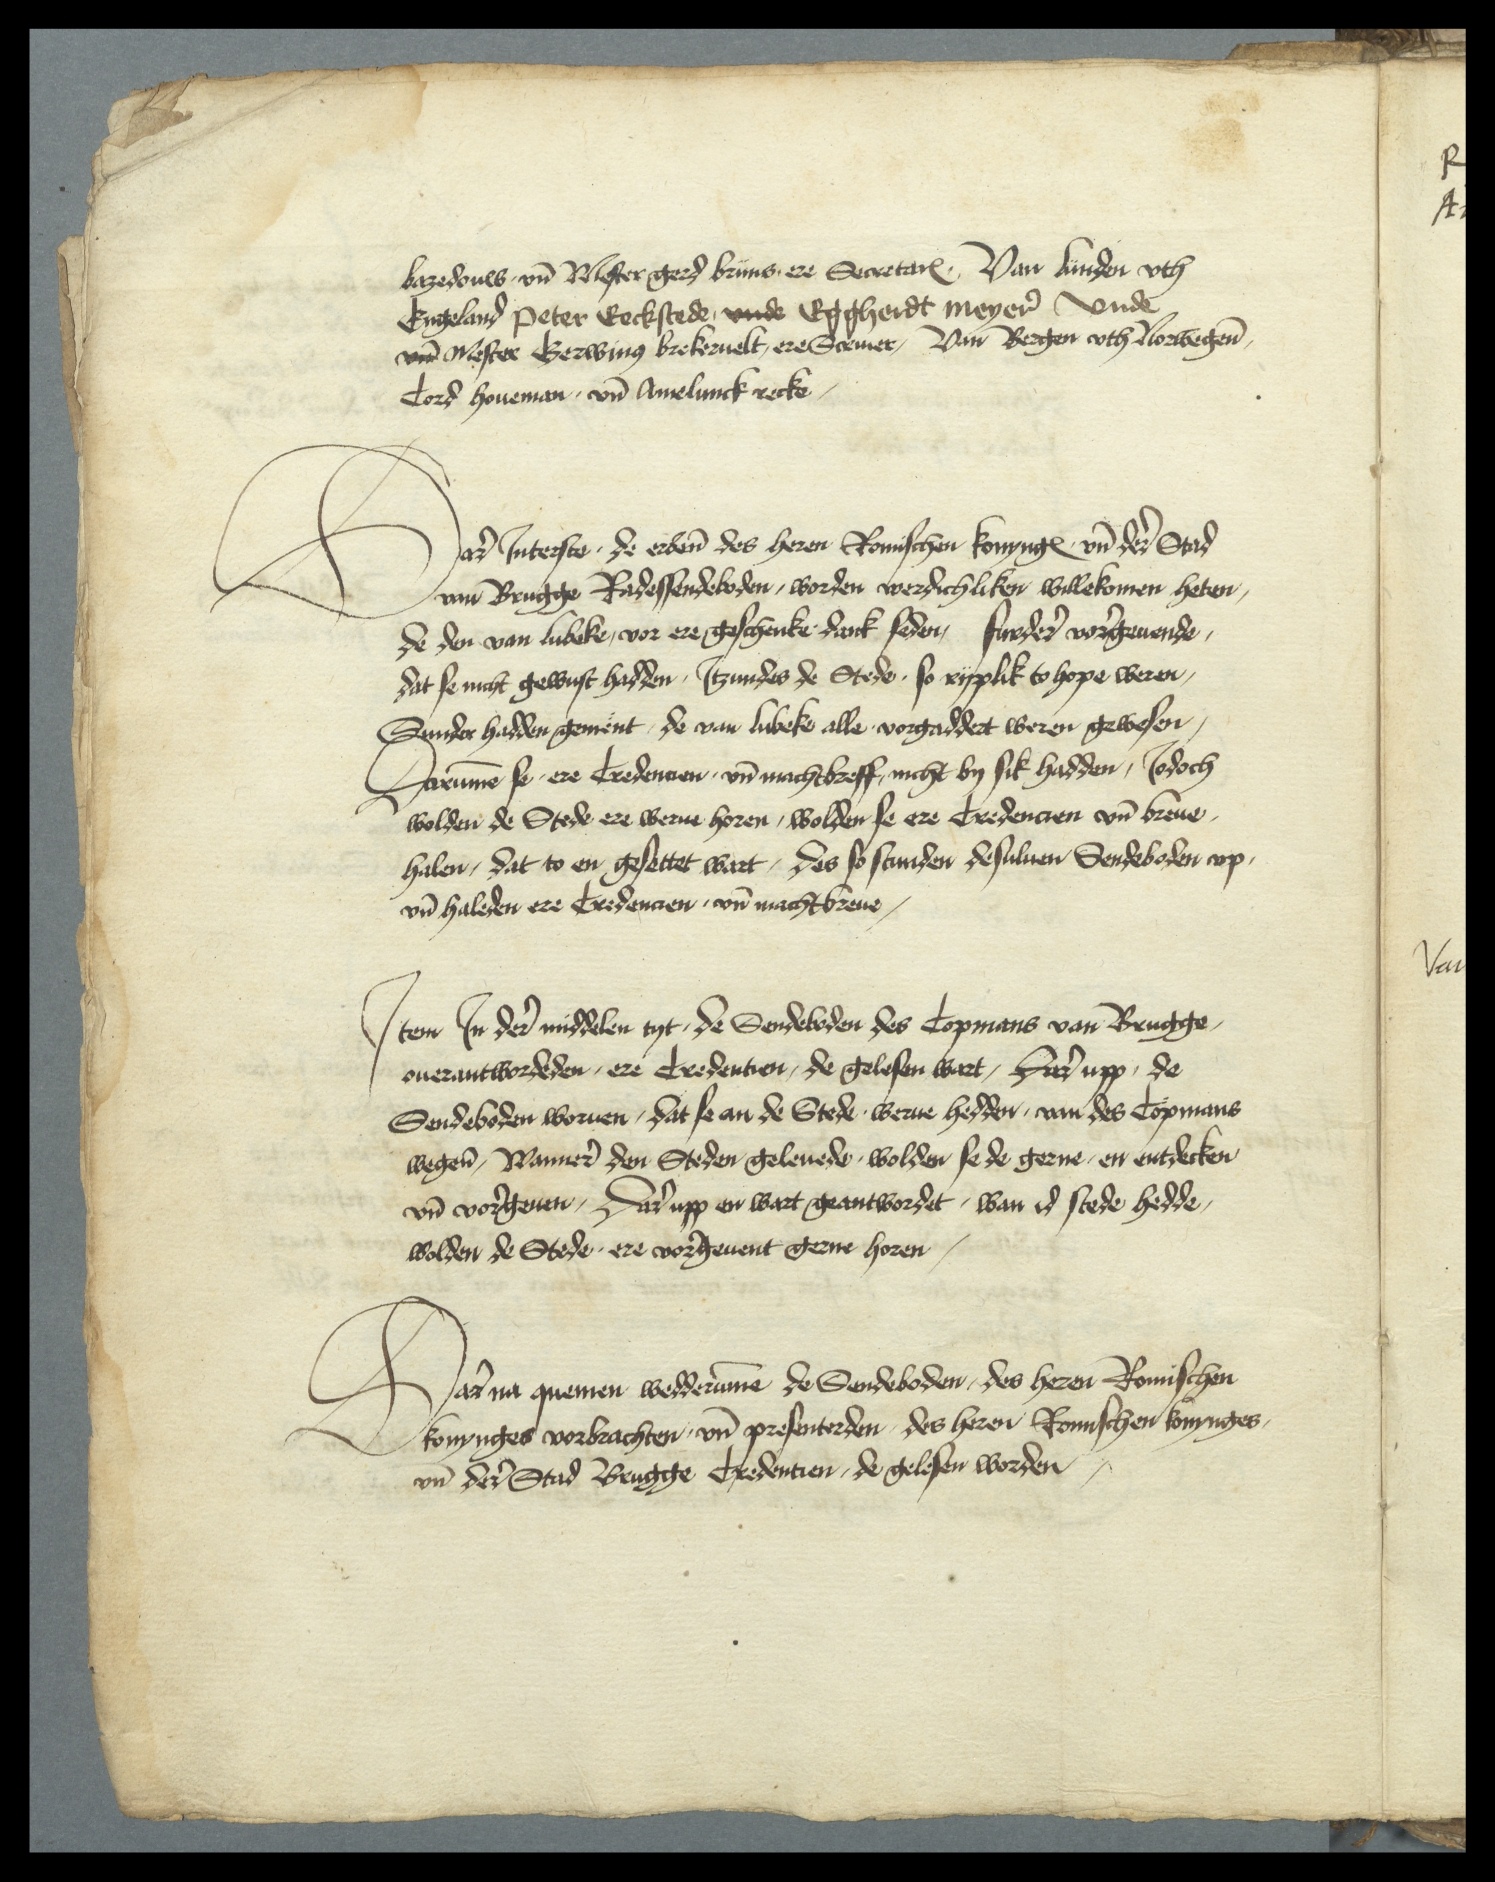
Bazedouw vnd Mester Gerd Bruns ere Secretarius van Lunden vthEngeland Peter Eeckstede, vnde Eggherdt Meyer vndevnd Mester Gerwinius Brekeruelt, ere Screuer, Van Bergen vth NorwegeneCord Houeman, vnd Amelunck Recke,

Dare Jnterste, de erbenomden des heren Romisschen konynges vnd der Stadvan Brugge Radessendeboden, worden werdichliken willekomen hetende den van Lubeke vor ere geschenke dark seden furdere vorgeuende,dat se nicht gewust hadden, Jtzundes de Stede so ryplik to hope weren,Sender hadden gement, de van Lubeke alle vorgaddert weren gewesen,Darumme se ere Credencien, vnd machtbreff nicht by sik hadden, Jodochwolden de Stede ere werue horen, wolden se ere Credencien vnd breuehalen, dat to en gesettet wart, des so stunden desulven Sendeboden vpvnd haleden ere Credencien, vnd machtbreue,

Jtem Jn der middelen tyt, de Sendeboden des Copmans van Brugge,ouerantwordeden, ere Credentien, de gelesen wart, darupp deSendeboden wornen, dat se an de Stede werue hedden, van des Copmanswegen, Wanner den Steden geleuede, wolden se de gerne, en entdeckenvnd vorgeuen, Dar upp en wart geantwordet, wan id stede heddewolden de Stede ere vorgeuent gerne horen

Dar na quemen wedderumme de Sendeboden, des heren Romischen

konynges vorbrachten, vnd presenterden, des heren Romischen konynges
vnd der Stad Brugge Credentien, de gelosen worden